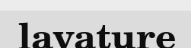
lavature